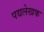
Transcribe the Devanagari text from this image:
पद्यलेखक